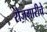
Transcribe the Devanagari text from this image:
रोजगारीचे